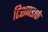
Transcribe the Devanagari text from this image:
टिशनडार्फ